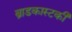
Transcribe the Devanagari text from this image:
ब्राडकास्टकी